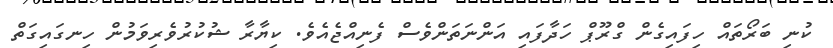
ކުނި ބަރޯތައް ހިފައިގެން ގްރޫޕް ހަދާފައި އަންނަތަންވެސް ފެނިއްޖެއެވެ. ކިޔާރާ ޝުކުރުވެރިވަމުން ހިނގައިގަތް